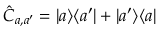
\hat { C } _ { a , a ^ { \prime } } = | a \rangle \langle a ^ { \prime } | + | a ^ { \prime } \rangle \langle a |